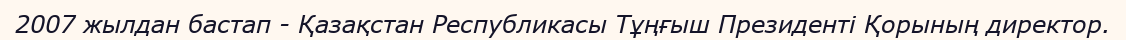
2007 жылдан бастап - Қазақстан Республикасы Тұңғыш Президенті Қорының директор.